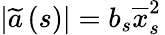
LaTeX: \left\vert\widetilde{a}\left(s\right)\right\vert=b_{s}\overline{{x}}_{s\, }^{2}